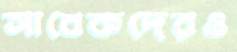
সাবেকদেরও